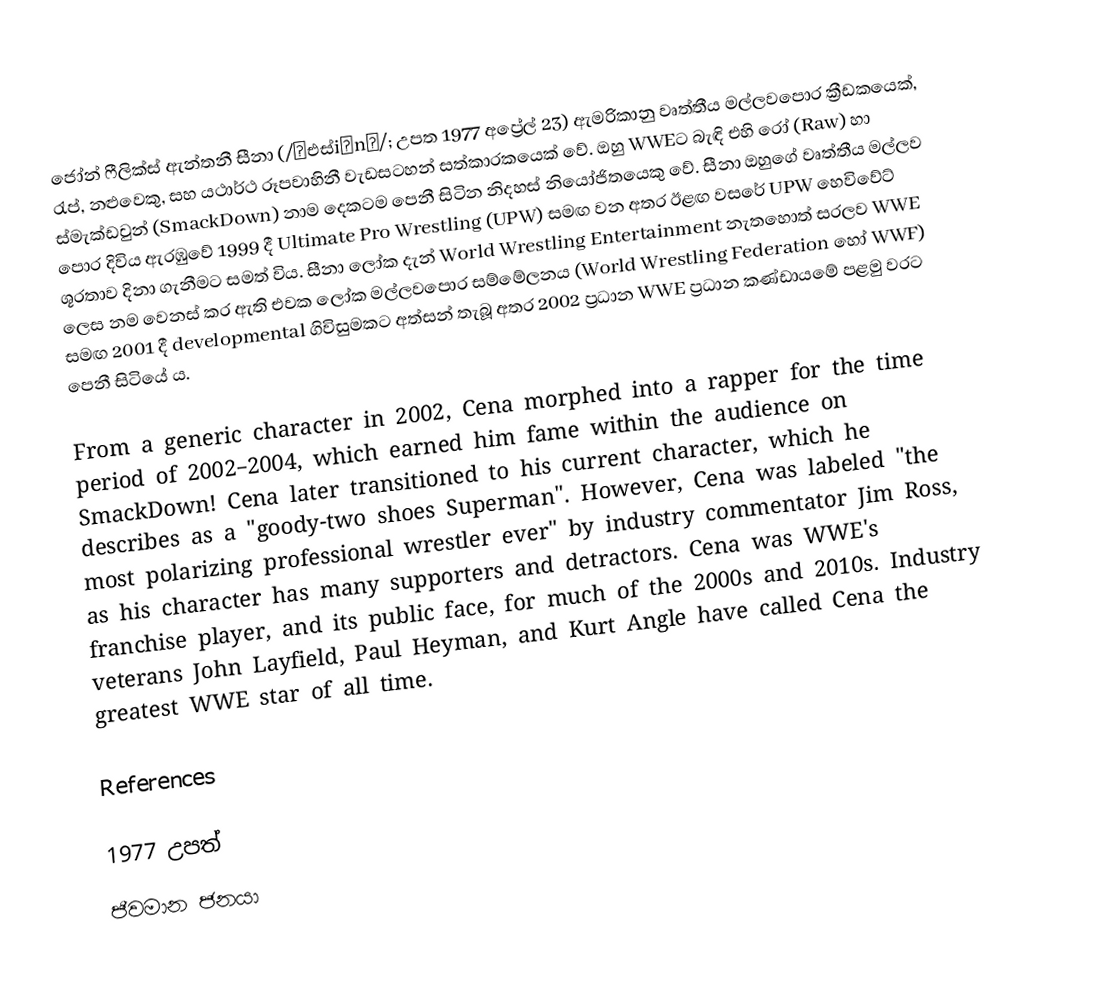
ජෝන් ෆීලික්ස් ඇන්තනී සීනා (/ˈඑස්iːnə/; උපත 1977 අප්‍රේල් 23) ඇමරිකානු වෘත්තීය මල්ලවපොර ක්‍රීඩකයෙක්, රැප්, නළුවෙකු, සහ යථාර්ථ රූපවාහිනී වැඩසටහන් සත්කාරකයෙක් වේ. ඔහු WWEට බැඳි එහි රෝ (Raw) හා ස්මැක්ඩවුන් (SmackDown)  නාම දෙකටම පෙනී සිටින නිදහස් නියෝජිතයෙකු වේ. සීනා ඔහුගේ වෘත්තීය මල්ලව පොර දිවිය ඇරඹුවේ 1999 දී Ultimate Pro Wrestling (UPW) සමඟ වන අතර ඊළඟ වසරේ UPW හෙවිවේට් ශූරතාව දිනා ගැනීමට සමත් විය. සීනා ලෝක දැන් World Wrestling Entertainment නැතහොත් සරලව WWE ලෙස නම වෙනස් කර ඇති එවක ලෝක මල්ලවපොර සම්මේලනය (World Wrestling Federation හෝ WWF)  සමඟ 2001 දී developmental ගිවිසුමකට අත්සන් තැබූ අතර 2002 ප්‍රධාන WWE ප්‍රධාන කණ්ඩායමේ පළමු වරට පෙනී සිටියේ ය.

From a generic character in 2002, Cena morphed into a rapper for the time period of 2002–2004, which earned him fame within the audience on SmackDown! Cena later transitioned to his current character, which he describes as a "goody-two shoes Superman". However, Cena was labeled "the most polarizing professional wrestler ever" by industry commentator Jim Ross, as his character has many supporters and detractors. Cena was WWE's franchise player, and its public face, for much of the 2000s and 2010s. Industry veterans John Layfield, Paul Heyman, and Kurt Angle have called Cena the greatest WWE star of all time.

References

1977 උපත්
ජීවමාන ජනයා